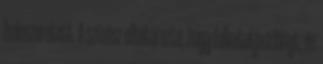
beleszeretett. A színész elhatározta, hogy felkutatja a lányt, és